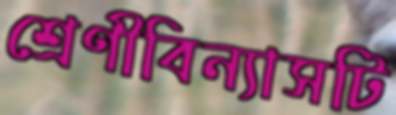
শ্রেণীবিন্যাসটি